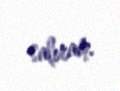
salıram.